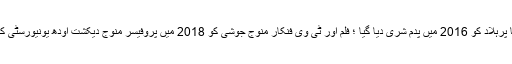
جیسے بھرت ناٹیم رقاصہ پرتیبھا پرہلاد کو 2016 میں پدم شری دیا گیا ؛ فلم اور ٹی وی فنکار منوج جوشی کو 2018 میں پروفیسر منوج دیکشت اودھ یونیورسٹی کے نائب شیخ الجامعہ بنائے گئے۔